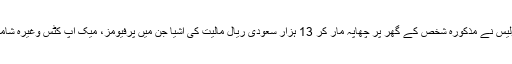
اطلاع ملنے پر پولیس نے مذکورہ شخص کے گھر پر چھاپہ مار کر 13 ہزار سعودی ریال مالیت کی اشیا جن میں پرفیومز، میک اپ کٹس وغیرہ شامل تھیں برآمد کیں۔